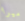
ميرا